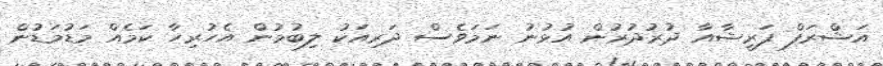
އަޝްރަފް ފަރީޝާއާ ދުރުދުރުން އުޅުނު ނަމަވެސް ދަރިއަކު ލިބުމުން އެހުރިހާ ކަމެއް މަޑުމަޑުން